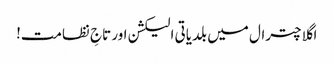
اگلا چترال میں بلدیاتی الیکشن اور تاجِ نظامت!